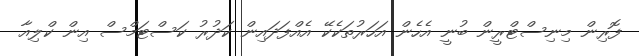
ފޮރިން މިނިސްޓްރީން ބުނީ އެހެން އަހަރުތަކެކޭ އެއްފަދައިން ކަދުރު ކަސްޓަމްސް އިން ކްލިއާ